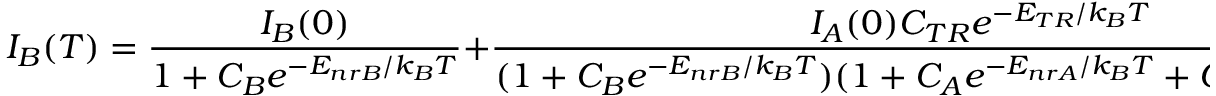
I _ { B } ( T ) = \frac { I _ { B } ( 0 ) } { 1 + C _ { B } e ^ { - E _ { n r B } / k _ { B } T } } + \frac { I _ { A } ( 0 ) C _ { T R } e ^ { - E _ { T R } / k _ { B } T } } { ( 1 + C _ { B } e ^ { - E _ { n r B } / k _ { B } T } ) ( 1 + C _ { A } e ^ { - E _ { n r A } / k _ { B } T } + C _ { T R } e ^ { - E _ { T R } / k _ { B } T } ) }